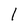
Character: 1